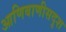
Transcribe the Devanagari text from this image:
आणिबाणीसदृश